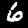
Digit: 6